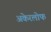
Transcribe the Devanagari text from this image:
अकेरलोफ